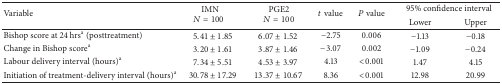
<table><thead><tr><td rowspan="2"><b>Variable</b></td><td rowspan="2"><b>IMN <i>N</i> = 100</b></td><td rowspan="2"><b>PGE2 <i>N</i> = 100</b></td><td rowspan="2"><b><i>t</i> value</b></td><td rowspan="2"><b><i>P</i> value</b></td><td colspan="2"><b>95% confidence interval</b></td></tr><tr><td><b>Lower</b></td><td><b>Upper</b></td></tr></thead><tbody><tr><td>Bishop score at 24 hrs<sup>a</sup> (posttreatment)</td><td>5.41 ± 1.85</td><td>6.07 ± 1.52</td><td>−2.75</td><td>0.006</td><td>−1.13</td><td>−0.18</td></tr><tr><td>Change in Bishop score<sup>a</sup></td><td>3.20 ± 1.61</td><td>3.87 ± 1.46</td><td>−3.07</td><td>0.002</td><td>−1.09</td><td>−0.24</td></tr><tr><td>Labour delivery interval (hours)<sup>a</sup></td><td>7.34 ± 5.51</td><td>4.53 ± 3.97</td><td>4.13</td><td>&lt;0.001</td><td>1.47</td><td>4.15</td></tr><tr><td>Initiation of treatment-delivery interval (hours)<sup>a</sup></td><td>30.78 ± 17.29</td><td>13.37 ± 10.67</td><td>8.36</td><td>&lt;0.001</td><td>12.98</td><td>20.99</td></tr></tbody></table>